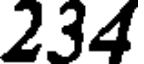
234